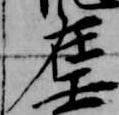
在